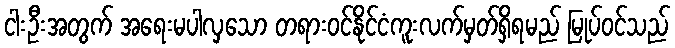
ငါးဦးအတွက် အရေးမပါလှသော တရားဝင်နိုင်ငံကူးလက်မှတ်ရှိရမည် မြုပ်ဝင်သည်